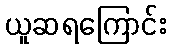
ယူဆရကြောင်း